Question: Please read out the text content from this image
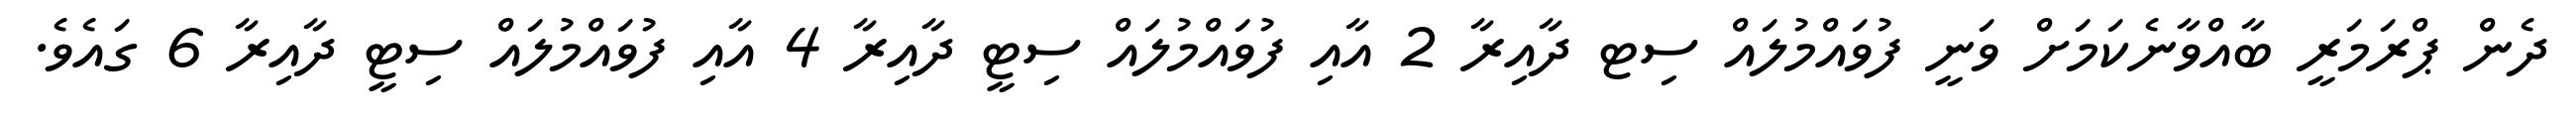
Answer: ދެން ޕްރަމަރީ ބާއްވާނެކަމަށް ވަނީ ފުވައްމުލައް ސިޓ ދާއިރާ 2 އާއި ފުވައްމުލައް ސިޓީ ދާއިރާ 4 އާއި ފުވައްމުލައް ސިޓީ ދާއިރާ 6 ގައެވެ.